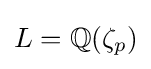
L=\mathbb {Q} (\zeta _{p})